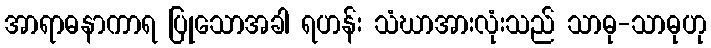
အာရာဓနာကာရ ပြုသောအခါ ရဟန်း သံဃာအားလုံးသည် သာဓု-သာဓုဟု